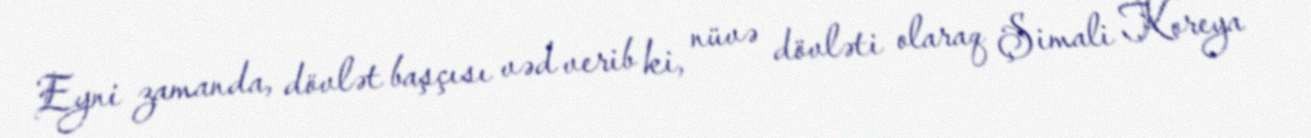
Eyni zamanda, dövlət başçısı vəd verib ki, nüvə dövləti olaraq Şimali Koreya